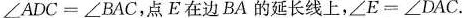
∠ADC=∠BAC，点E在边BA的延长线上，∠E=∠DAC.